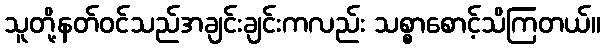
သူတို့နတ်ဝင်သည်အချင်းချင်းကလည်း သစ္စာစောင့်သိကြတယ်။